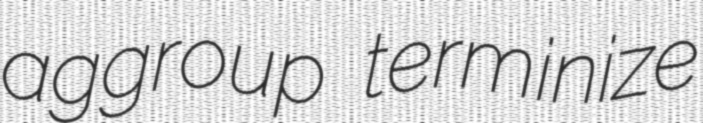
aggroup terminize